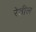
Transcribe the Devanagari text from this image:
रेतील